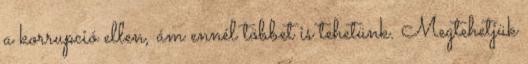
a korrupció ellen, ám ennél többet is tehetünk. Megtehetjük